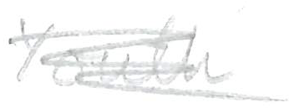
Text: Youth
Cross-out: scratch
Writing tool: pencil